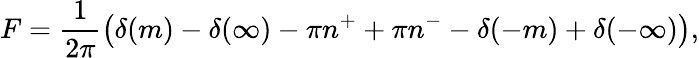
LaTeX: F=\frac{1}{2\pi}\left(\delta(m)-\delta(\infty)-\pi n^{+}+\pi n^{-}-\delta(-m)+\delta(-\infty)\right),